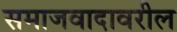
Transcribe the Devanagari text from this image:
समाजवादावरील